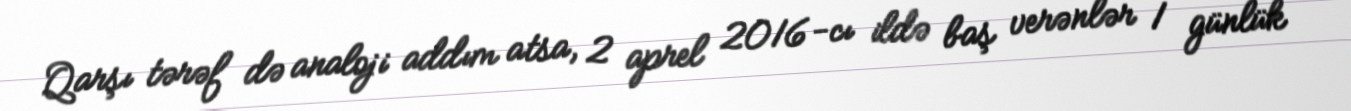
Qarşı tərəf də analoji addım atsa, 2 aprel 2016-cı ildə baş verənlər 1 günlük